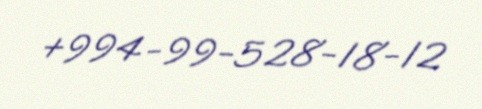
+994-99-528-18-12